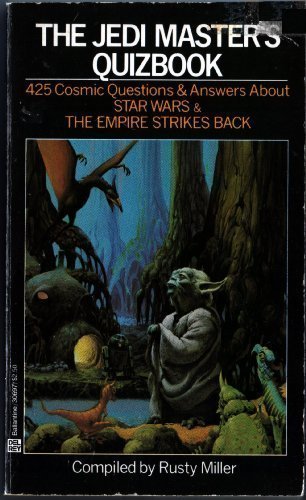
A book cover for JEDI MASTER'S QUIZBOOK; Rusty Miller; Science Fiction & Fantasy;